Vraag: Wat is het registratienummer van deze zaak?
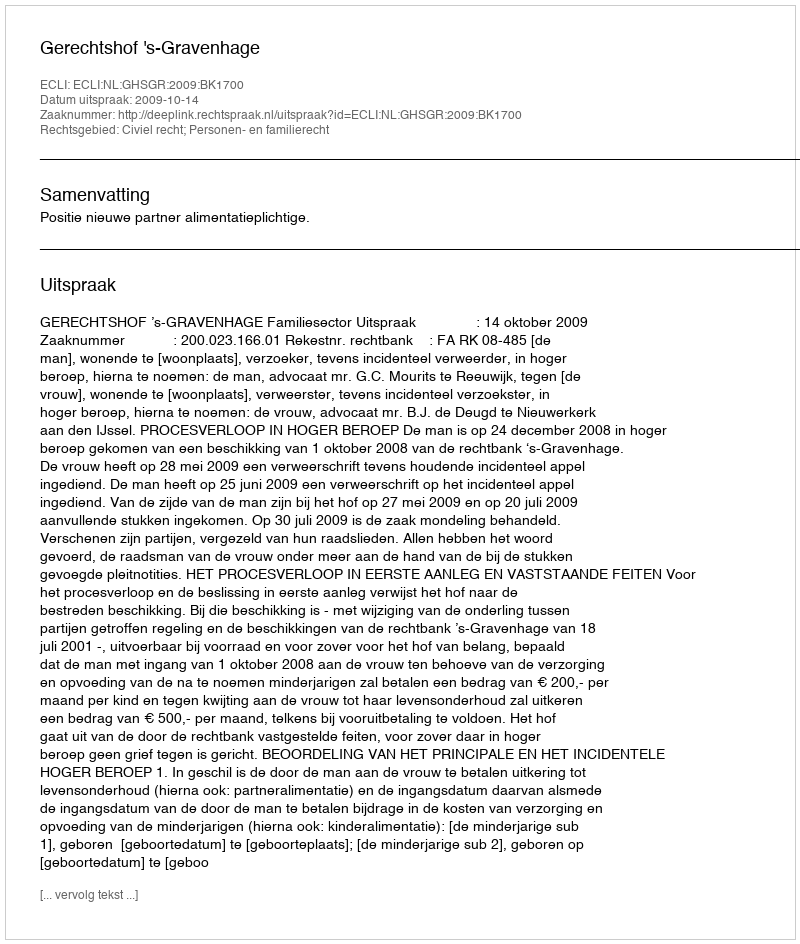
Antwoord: http://deeplink.rechtspraak.nl/uitspraak?id=ECLI:NL:GHSGR:2009:BK1700